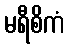
မရီစိကံ